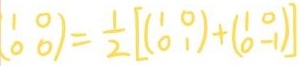
$\begin{pmatrix} 1 & 0 \\ 0 & 0 \end{pmatrix} = \frac{1}{2} \left[ \begin{pmatrix} 1 & 0 \\ 0 & 1 \end{pmatrix} + \begin{pmatrix} 1 & 0 \\ 0 & -1 \end{pmatrix} \right]$